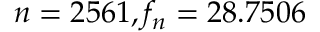
n = 2 5 6 1 , f _ { n } = 2 8 . 7 5 0 6